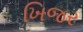
ખિજર